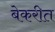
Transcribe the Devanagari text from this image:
बेकरीत